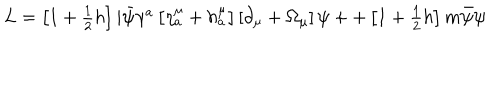
LaTeX: \begin{array} { c } { { L = \left[ 1 + \frac 1 2 h \right] i \bar { \psi } \gamma ^ { a } \left[ \eta _ { a } ^ { \mu } + h _ { a } ^ { \mu } \right] \left[ \partial _ { \mu } + \Omega _ { \mu } \right] \psi + + \left[ 1 + \frac 1 2 h \right] m \bar { \psi } \psi } } \\ \end{array}